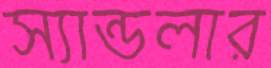
স্যান্ডলার